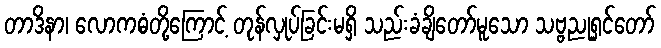
တာဒိနာ၊ လောကဓံတို့ကြောင့် တုန်လှုပ်ခြင်းမရှိ သည်းခံချိတော်မူသော သဗ္ဗညုရှင်တော်